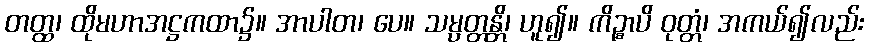
တတ္ထ၊ ထိုမဟာအဋ္ဌကထာ၌။ အာပါတ၊ ပေ။ သမ္ပတ္တန္တိ၊ ဟူ၍။ ကိဉ္စာပိ ဝုတ္တံ၊ အကယ်၍လည်း